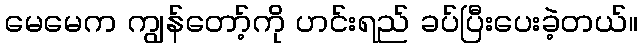
မေမေက ကျွန်တော့်ကို ဟင်းရည် ခပ်ပြီးပေးခဲ့တယ်။